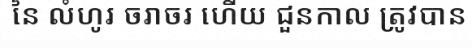
នៃ លំហូរ ចរាចរ ហើយ ជួនកាល ត្រូវបាន